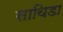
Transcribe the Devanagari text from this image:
साथिडा